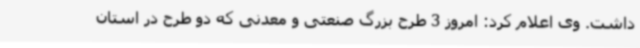
داشت. وی اعلام کرد: امروز 3 طرح بزرگ صنعتی و معدنی که دو طرح در استان